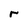
Character: r